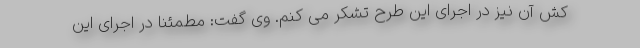
کش آن نیز در اجرای این طرح تشکر می کنم. وی گفت: مطمئنا در اجرای این